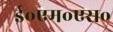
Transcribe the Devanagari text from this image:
ई॰एम॰एस॰